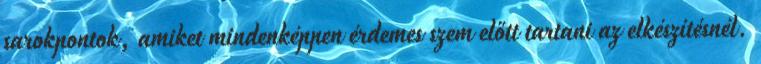
sarokpontok, amiket mindenképpen érdemes szem előtt tartani az elkészítésnél.